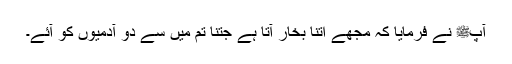
آپﷺ نے فرمایا کہ مجھے اتنا بخار آتا ہے جتنا تم میں سے دو آدمیوں کو آئے۔